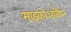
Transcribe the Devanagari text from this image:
माइकोआकैन